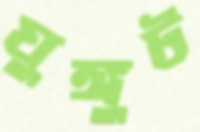
ঘুঙ্গুট